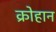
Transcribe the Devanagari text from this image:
क्रोहान